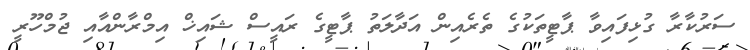
ސަރުކާރާ ގުޅިފައިވާ ޕާޓީތަކުގެ ތެރެއިން އަދާލަތު ޕާޓީގެ ރައީސް ޝައިޚް އިމްރާންއާއި ޖުމްހޫރީ